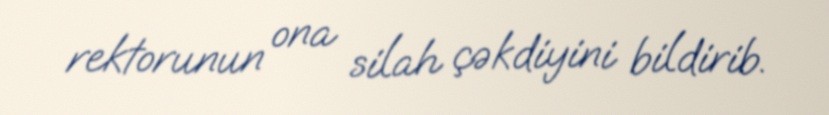
rektorunun ona silah çəkdiyini bildirib.